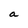
Character: a